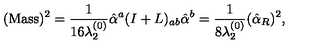
( \mathrm { M a s s } ) ^ { 2 } = { \frac { 1 } { 1 6 \lambda _ { 2 } ^ { ( 0 ) } } } \hat { \alpha } ^ { a } ( I + L ) _ { a b } \hat { \alpha } ^ { b } = { \frac { 1 } { 8 \lambda _ { 2 } ^ { ( 0 ) } } } ( \hat { \alpha } _ { R } ) ^ { 2 } ,